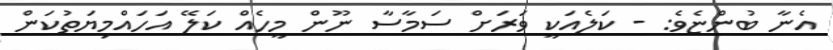
އެނާ ބުންޏެވެ: - ކަލެއަކީ ވަރަށް ސަމާސާ ނޫން މީހެއް ކަލޭ އަހައްމިޔަތުކަން